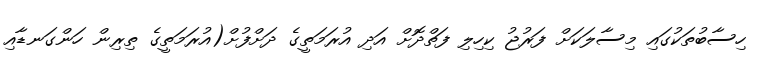
ހިސާބުތަކުގައި މިސާލަކަށް ފަރުޖު ކިހިލި ފަތްދޮށް އަދި އުރަމަތީގެ ދަށްފުށް(އުރަމަތީގެ ތިރިން ހަންގަނޑާއި